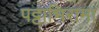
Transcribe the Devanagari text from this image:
पट्टाभिरामा